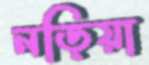
নড়িয়া